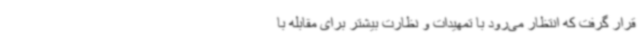
قرار گرفت که انتظار می‌رود با تمهیدات و نظارت بیشتر برای مقابله با